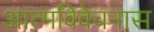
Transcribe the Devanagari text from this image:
आत्मविवेचनास